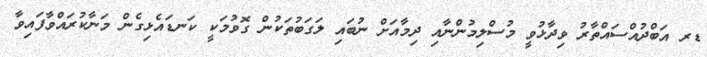
ޑރ އަބްދުއްސައްތާރު ވިދާޅުވީ މުސްލިމުންނާއި ދިމާއަށް ނުބައި ލަގަބުތަކުން ގޮވުމަކީ ކަނޑައެޅިގެން މަނާކުރައްވާފައިވާ